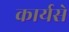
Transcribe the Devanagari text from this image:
कार्यसे